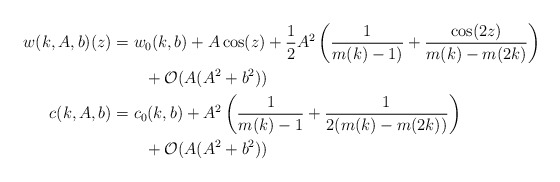
\begin{align*}\begin{aligned}w(k,A,b)(z)&=w_0(k,b)+A\cos(z)+\frac{1}{2}A^2\left(\frac{1}{m(k)-1)}+\frac{\cos(2z)}{m(k)-m(2k)}\right)\\&\qquad+\mathcal{O}(A(A^2+b^2))\\c(k,A,b)&=c_0(k,b)+A^2\left(\frac{1}{m(k)-1}+\frac{1}{2(m(k)-m(2k))}\right)\\&\qquad+\mathcal{O}(A(A^2+b^2))\end{aligned}\end{align*}